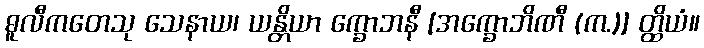
ဓူလီကတေသု သေနာယ၊ ယန္တိယာ က္ခောဘနီ [အက္ခောဘိဏီ (က.)] တ္ထိယံ။